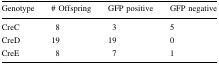
<table><thead><tr><td><b>Genotype</b></td><td><b># Offspring</b></td><td><b>GFP positive</b></td><td><b>GFP negative</b></td></tr></thead><tbody><tr><td>CreC</td><td>8</td><td>3</td><td>5</td></tr><tr><td>CreD</td><td>19</td><td>19</td><td>0</td></tr><tr><td>CreE</td><td>8</td><td>7</td><td>1</td></tr></tbody></table>